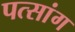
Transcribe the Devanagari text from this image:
पत्सांग